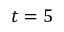
t = 5